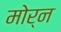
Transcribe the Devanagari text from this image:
मोर्न